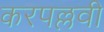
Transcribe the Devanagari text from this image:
करपल्लवी